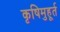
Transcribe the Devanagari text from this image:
कृषिमुहूर्त